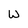
Character: W